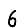
Digit: 6